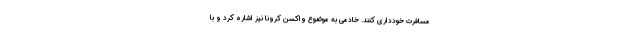
مسافرت خودداری کنند. خادمی به موضوع واکسن کرونا نیز اشاره کرد و با